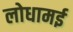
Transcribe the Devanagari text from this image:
लोधामई